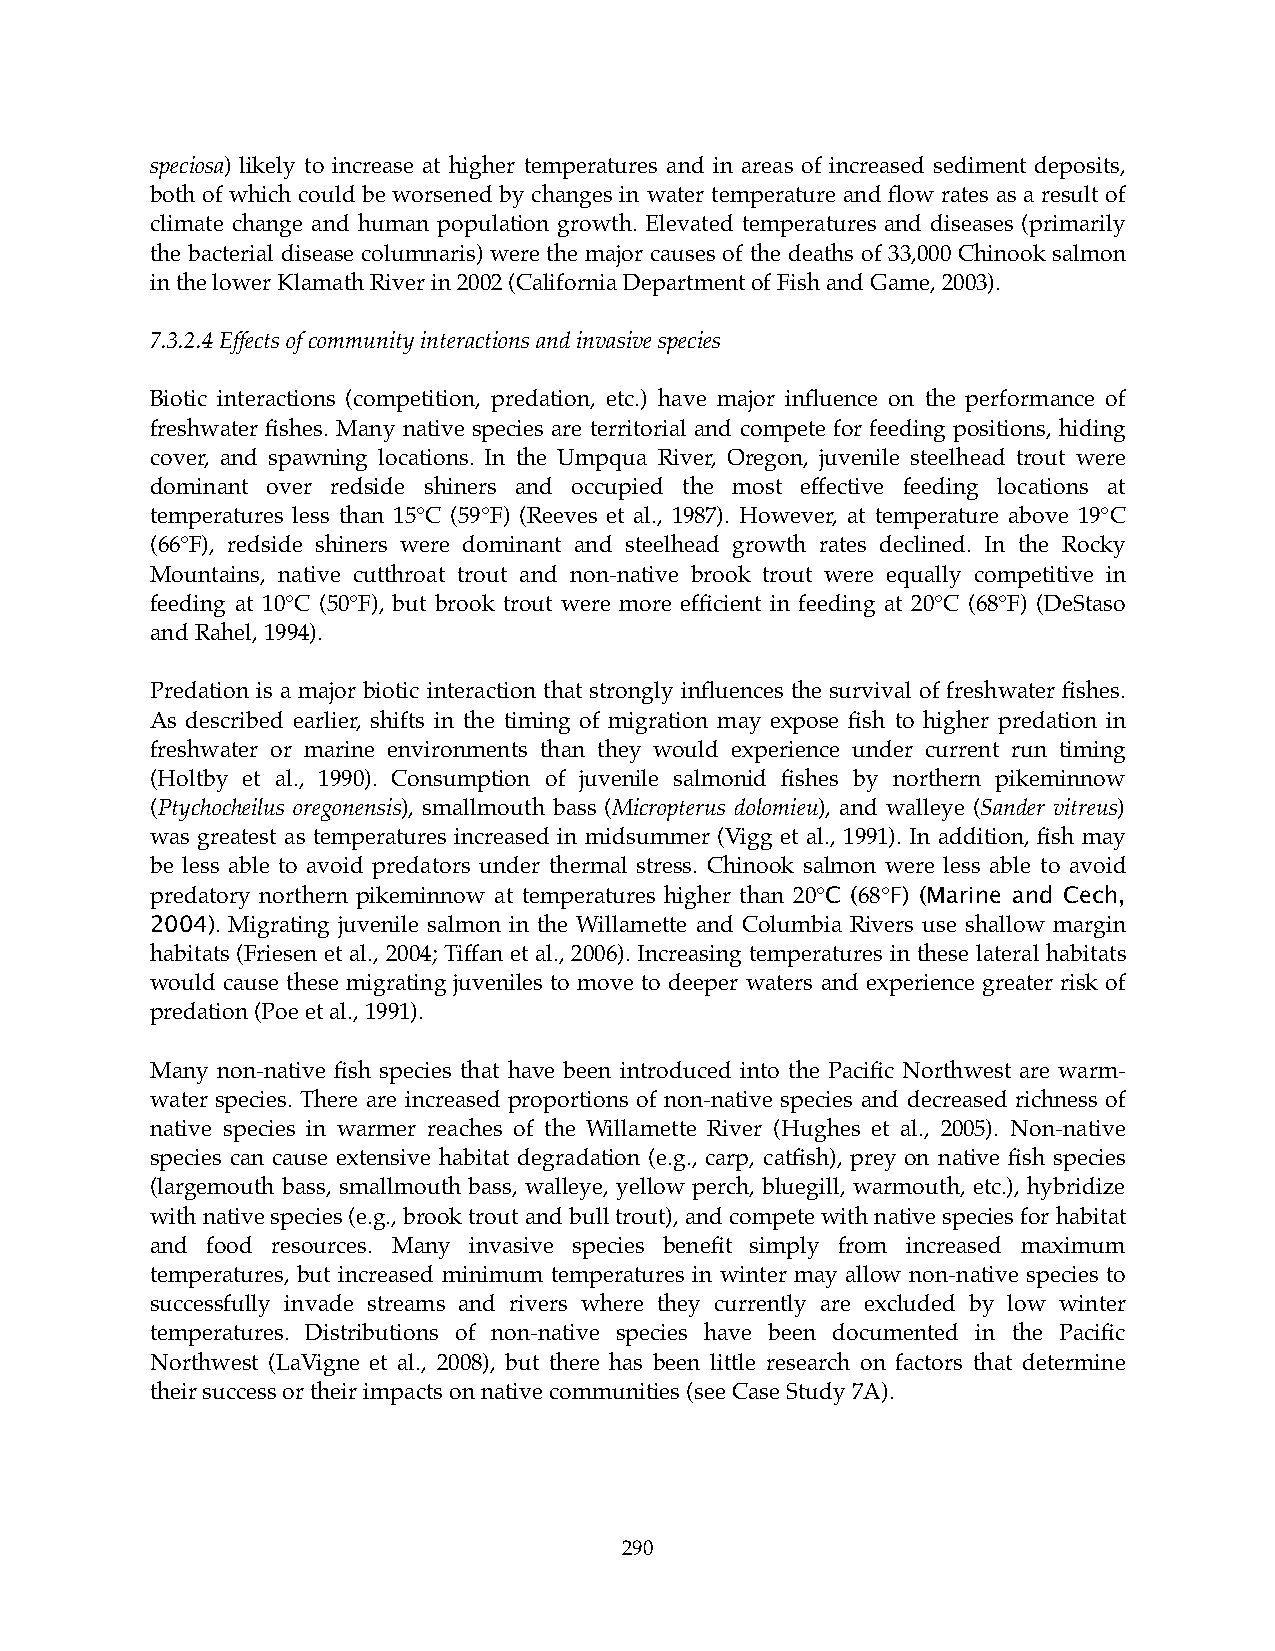
speciosa) likely to increase at higher temperatures and in areas of increased sediment deposits,
 both of which could be worsened by changes in water temperature and flow rates as a result of
 climate change and human population growth. Elevated temperatures and diseases (primarily
 the bacterial disease columnaris) were the major causes of the deaths of 33,000 Chinook salmon
 in the lower Klamath River in 2002 (California Department of Fish and Game, 2003).
 7.3.2.4 Effects of community interactions and invasive species
 Biotic interactions (competition, predation, etc.) have major influence on the performance of
 freshwater fishes. Many native species are territorial and compete for feeding positions, hiding
 cover, and spawning locations. In the Umpqua River, Oregon, juvenile steelhead trout were
 dominant over redside shiners and occupied the most effective feeding locations at
 temperatures less than 15°C (59°F) (Reeves et al., 1987). However, at temperature above 19°C
 (66°F), redside shiners were dominant and steelhead growth rates declined. In the Rocky
 Mountains, native cutthroat trout and non-native brook trout were equally competitive in
 feeding at 10°C (50°F), but brook trout were more efficient in feeding at 20°C (68°F) (DeStaso
 and Rahel, 1994).
 Predation is a major biotic interaction that strongly influences the survival of freshwater fishes.
 As described earlier, shifts in the timing of migration may expose fish to higher predation in
 freshwater or marine environments than they would experience under current run timing
 (Holtby et al., 1990). Consumption of juvenile salmonid fishes by northern pikeminnow
 (Ptychocheilus oregonensis), smallmouth bass (Micropterus dolomieu), and walleye (Sander vitreus)
 was greatest as temperatures increased in midsummer (Vigg et al., 1991). In addition, fish may
 be less able to avoid predators under thermal stress. Chinook salmon were less able to avoid
 predatory northern pikeminnow at temperatures higher than 20°C (68°F) (Marine and Cech,
 2004). Migrating juvenile salmon in the Willamette and Columbia Rivers use shallow margin
 habitats (Friesen et al., 2004; Tiffan et al., 2006). Increasing temperatures in these lateral habitats
 would cause these migrating juveniles to move to deeper waters and experience greater risk of
 predation (Poe et al., 1991).
 Many non-native fish species that have been introduced into the Pacific Northwest are warm-
 water species. There are increased proportions of non-native species and decreased richness of
 native species in warmer reaches of the Willamette River (Hughes et al., 2005). Non-native
 species can cause extensive habitat degradation (e.g., carp, catfish), prey on native fish species
 (largemouth bass, smallmouth bass, walleye, yellow perch, bluegill, warmouth, etc.), hybridize
 with native species (e.g., brook trout and bull trout), and compete with native species for habitat
 and food resources. Many invasive species benefit simply from increased maximum
 temperatures, but increased minimum temperatures in winter may allow non-native species to
 successfully invade streams and rivers where they currently are excluded by low winter
 temperatures. Distributions of non-native species have been documented in the Pacific
 Northwest (LaVigne et al., 2008), but there has been little research on factors that determine
 their success or their impacts on native communities (see Case Study 7A).
 290